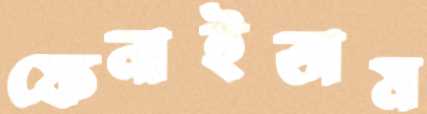
ফেনাইতাম